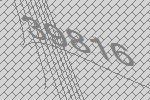
39816